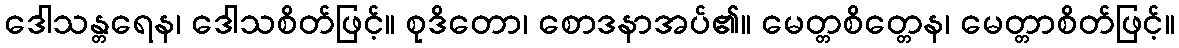
ဒေါသန္တရေန၊ ဒေါသစိတ်ဖြင့်။ စုဒိတော၊ စောဒနာအပ်၏။ မေတ္တစိတ္တေန၊ မေတ္တာစိတ်ဖြင့်။